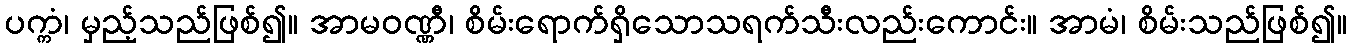
ပက္ကံ၊ မှည့်သည်ဖြစ်၍။ အာမဝဏ္ဏီ၊ စိမ်းရောက်ရှိသောသရက်သီးလည်းကောင်း။ အာမံ၊ စိမ်းသည်ဖြစ်၍။